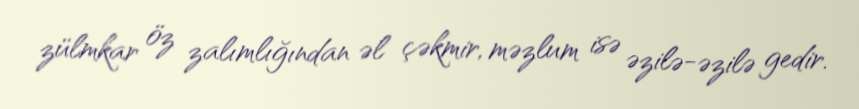
zülmkar öz zalımlığından əl çəkmir, məzlum isə əzilə-əzilə gedir.